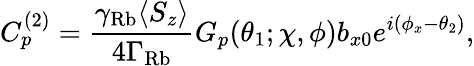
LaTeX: C_{p}^{(2)}=\frac{\gamma_{\mathrm{Rb}}\langle S_{z}\rangle}{4\Gamma_{\mathrm{Rb}}}G_{p}(\theta_{1};\chi,\phi)b_{x0}e^{i(\phi_{x}-\theta_{2})},